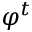
\varphi ^ { t }